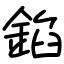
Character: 錎